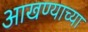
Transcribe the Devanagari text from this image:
आखण्याच्या